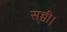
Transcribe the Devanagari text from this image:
सच्ची।